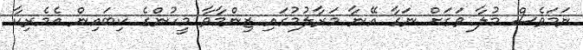
ނަމަވެސް މުލާ ވަގަށް ނަގާ އޭނާ މަރާލުމުގައި ޒިންމާވާ މީހުންގެ ކިބައިން އެމެރިކާ